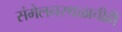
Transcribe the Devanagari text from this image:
संमेलनस्थळाचीही